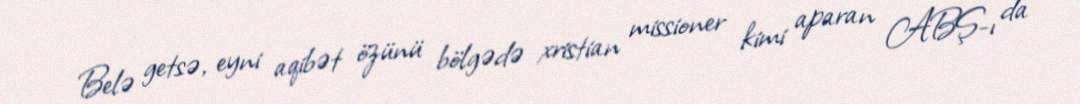
Belə getsə, eyni aqibət özünü bölgədə xristian missioner kimi aparan ABŞ-ı da